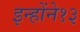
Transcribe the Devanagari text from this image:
इन्होंने१३